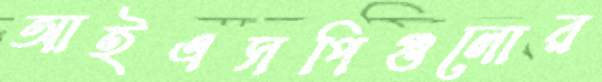
আইএসপিগুলোর